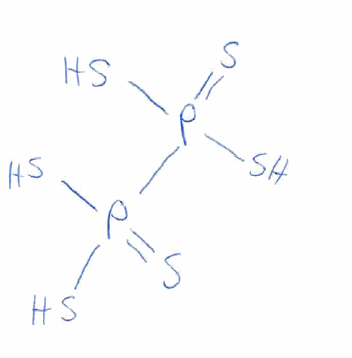
Simplified molecular-input line-entry system (SMILES) notation of the given molecule:
P(=S)(P(=S)(S)S)(S)S